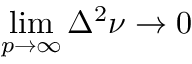
\operatorname* { l i m } _ { p \rightarrow \infty } \Delta ^ { 2 } \nu \rightarrow 0